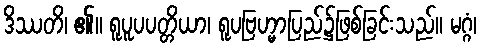
ဒိဿတိ၊ ၏။ ရူပူပပတ္တိယာ၊ ရူပဗြဟ္မာပြည်၌ဖြစ်ခြင်းသည်။ မဂ္ဂံ၊